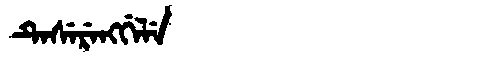
Manchu: ᡨᡝᠰᡝᡵᡝᠩᡤᡝᠯᡝ
Romanization: TESERENGGELE